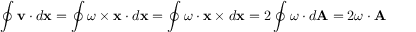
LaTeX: \oint \mathbf { v } \cdot d \mathbf { x } = \oint { \boldsymbol { \omega } } \times \mathbf { x } \cdot d \mathbf { x } = \oint { \boldsymbol { \omega } } \cdot \mathbf { x } \times d \mathbf { x } = 2 \oint { \boldsymbol { \omega } } \cdot d \mathbf { A } = 2 { \boldsymbol { \omega } } \cdot \mathbf { A }